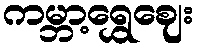
ကမ္ဘာ့ရွှေဈေး